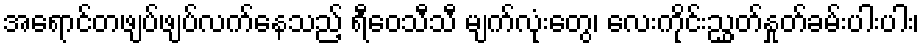
အရောင်တဖျပ်ဖျပ်လက်နေသည့် ရီဝေသီသီ မျက်လုံးတွေ၊ လေးကိုင်းညွှတ်နှုတ်ခမ်းပါးပါး၊